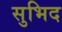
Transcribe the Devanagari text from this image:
सुभिद